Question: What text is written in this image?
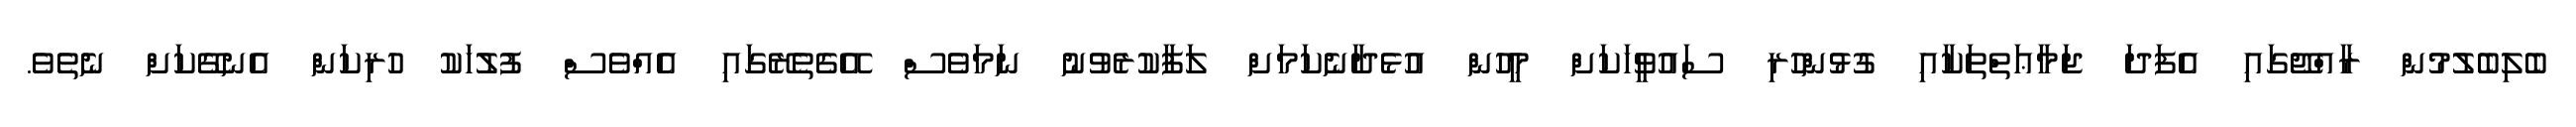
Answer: ބެލިބެލުމުން ރާއްޖޭގައި އެފަދަ ޖަމާޢަތްތަކާއި ގުޅުންހުރި ސައުވީހަކަށް މީހުން އުޅެދާނެކަމަށް ލަފާކުރެވުނު ނަމަވެސް އޭގެތެރޭގައި އެއްވެސް ފުލުހަކު ހުރިކަން އެނގޭކަށް ނެތެވެ.